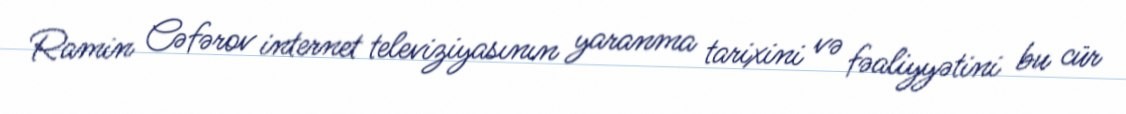
Ramin Cəfərov internet televiziyasının yaranma tarixini və fəaliyyətini bu cür